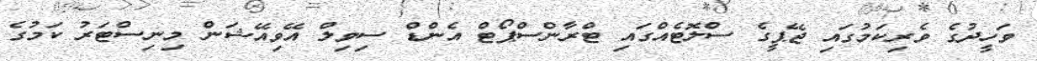
ވަހީދުގެ ވެރިކަމުގައި ޖޭޕީގެ ސްލޮޓެއްގައި ޓްރާންސްޕޯޓް އެންޑް ސިވިލް އޭވިއޭޝަން މިނިސްޓަރު ކަމުގެ